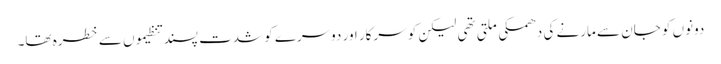
دونوں کو جان سے مارنے کی دھمکی ملتی تھی لیکن کو سرکار اور دوسرے کو شدت پسند تنظیموں سے خطرہ تھا۔